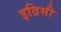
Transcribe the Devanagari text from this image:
इद्रिसी